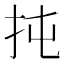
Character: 扽